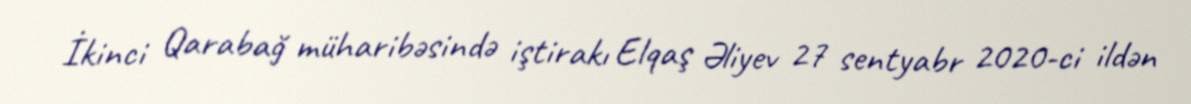
İkinci Qarabağ müharibəsində iştirakı Elqaş Əliyev 27 sentyabr 2020-ci ildən